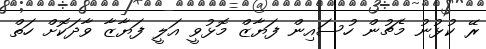
ރޭ ކުޅުނު މެޗުން ހުސައިން ފަޔާޒް މޮޅުވީ އަލީ ފަޔާޒާ ވާދަކޮށް ހަތް